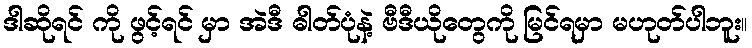
ဒါဆိုရင် ကို ဖွင့်ရင် မှာ အဲဒီ ဓါတ်ပုံနဲ့ ဗီဒီယိုတွေကို မြင်ရမှာ မဟုတ်ပါဘူး။